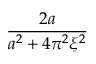
\frac { 2 a } { a ^ { 2 } + 4 \pi ^ { 2 } \xi ^ { 2 } }